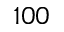
1 0 0